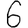
Digit: 6